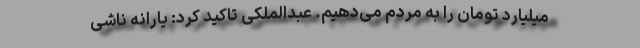
میلیارد تومان را به مردم می‌دهیم. عبدالملکی تاکید کرد: یارانه ناشی